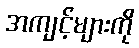
အကျင့်များကို